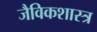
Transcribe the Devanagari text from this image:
जैविकशास्त्र